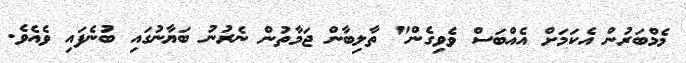
މެމްބަރުން އެކަމަށް އެއްބަސް ވެވިގެން" ތާލިބާން ޖަމާތުން ނެރުނު ބަޔާނުގައި ބުނެފައި ވެއެވެ.